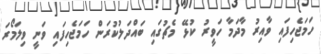
ހަމަޖެހިފައި ވާއިރު މާދަމާ ހަވީރު ކުޅޭ މެޗުގައި ބައްދަލުކުރަން ހަމަޖެހިފައި ވަނީ ވިލަމޯރަ